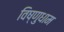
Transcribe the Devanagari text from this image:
विष्णुधाम